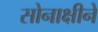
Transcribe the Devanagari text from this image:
सोनाक्षीने